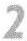
2